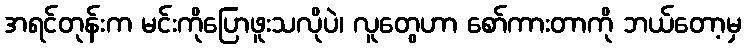
အရင်တုန်းက မင်းကိုပြောဖူးသလိုပဲ၊ လူတွေဟာ စော်ကားတာကို ဘယ်တော့မှ